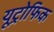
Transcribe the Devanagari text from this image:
यूट्रोफिक